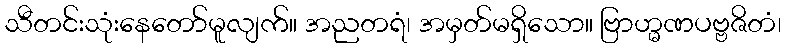
သီတင်းသုံးနေတော်မူလျက်။ အညတရံ၊ အမှတ်မရှိသော။ ဗြာဟ္မဏပဗ္ဗဇိတံ၊